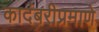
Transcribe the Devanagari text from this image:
कादंबरीप्रमाणे